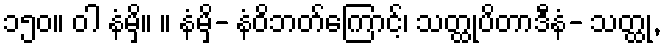
၁၅၀။ ဝါ နံမှိ။ ။ နံမှိ- နံဝိဘတ်ကြောင့်၊ သတ္ထုပိတာဒီနံ- သတ္ထု,